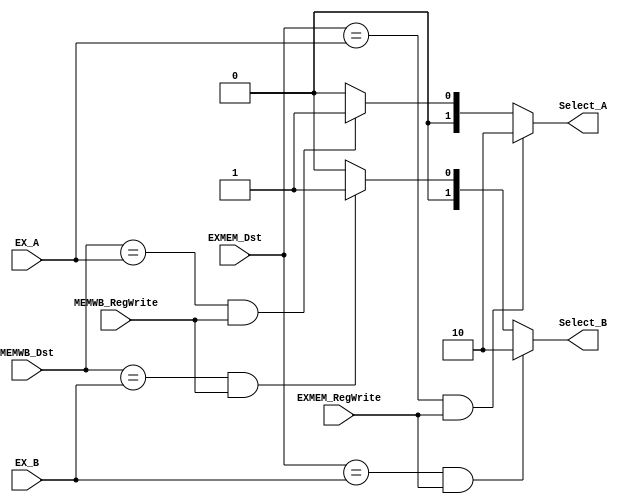
`timescale 1ns / 1ps
//////////////////////////////////////////////////////////////////////////////////
// Company: 
// Engineer: 
// 
// Design Name: 
// Module Name: forwarding_unit
// Project Name: 
// Target Devices: 
// Tool Versions: 
// Description: 
// 
// Dependencies: 
// 
// Revision:
// Revision 0.01 - File Created
// Additional Comments:
// 
//////////////////////////////////////////////////////////////////////////////////


//module forwarding_unit(ID_EX_Rs, ID_EX_Rt, EX_MEM_Rd, MEM_WB_Rd, EX_MEM_RegWrite, MEM_WB_RegWrite, Forward_A, Forward_B);

//    input       [4:0]       ID_EX_Rs, ID_EX_Rt, EX_MEM_Rd, MEM_WB_Rd;
//    input                   EX_MEM_RegWrite, MEM_WB_RegWrite;
//    output reg  [1:0]       Forward_A, Forward_B;
      
//    always @ (*) begin 
//        Forward_A = 2'b00;
//        Forward_B = 2'b00;
//        if ((EX_MEM_RegWrite) && (EX_MEM_Rd != 0) && (EX_MEM_Rd == ID_EX_Rs)) begin
//            Forward_A = 2'b10;
//        end if ((EX_MEM_RegWrite) && (EX_MEM_Rd != 0) && (EX_MEM_Rd == ID_EX_Rt)) begin
//            Forward_B = 2'b10;
//        end if ((MEM_WB_RegWrite) && (MEM_WB_Rd != 0) && (EX_MEM_Rd != ID_EX_Rs) && (MEM_WB_Rd == ID_EX_Rs)) begin
//            Forward_A = 2'b01;
//        end if ((MEM_WB_RegWrite) && (MEM_WB_Rd != 0) && (EX_MEM_Rd != ID_EX_Rt) && (MEM_WB_Rd == ID_EX_Rt)) begin
//            Forward_B = 2'b01;
//        end
    
//    end

//endmodule

module forwarding_unit( Select_A, Select_B, EX_A, EX_B, EXMEM_Dst, EXMEM_RegWrite, MEMWB_Dst, MEMWB_RegWrite);




    
    output reg [1:0]    Select_A;
    output reg [1:0]    Select_B;
    input      [4:0]    EX_A;
    input      [4:0]    EX_B;
    input      [4:0]    EXMEM_Dst;
    input               EXMEM_RegWrite;
    input      [4:0]    MEMWB_Dst;
    input               MEMWB_RegWrite;


    always @(*) begin
        if (EXMEM_Dst == EX_A && EXMEM_RegWrite == 1)
            Select_A = 2;
        else if (MEMWB_Dst == EX_A && MEMWB_RegWrite == 1)
            Select_A = 1;
        else
            Select_A = 0;
    end

    always @(*) begin
        if (EXMEM_Dst == EX_B && EXMEM_RegWrite == 1)
            Select_B = 2;
        else if (MEMWB_Dst == EX_B && MEMWB_RegWrite == 1)
            Select_B = 1;
        else
            Select_B = 0;
    end
    
endmodule